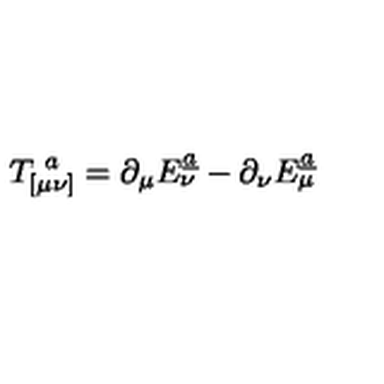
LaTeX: T _ { [ \mu \nu ] } ^ { \ a } = \partial _ { \mu } E _ { \nu } ^ { \underline { { a } } } - \partial _ { \nu } E _ { \mu } ^ { \underline { { a } } }